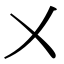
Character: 㐅